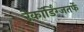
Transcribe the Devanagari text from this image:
रेकॉर्डिंग्जतर्फे